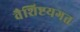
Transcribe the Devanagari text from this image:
वैशिष्टयगत